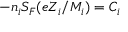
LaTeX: - n _ { i } S _ { F } ( e Z _ { i } / M _ { i } ) = C _ { i }